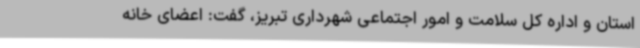
استان و اداره کل سلامت و امور اجتماعی شهرداری تبریز، گفت: اعضای خانه